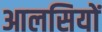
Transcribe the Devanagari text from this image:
आलसियों